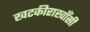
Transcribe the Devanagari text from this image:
खटकीराखाँसी